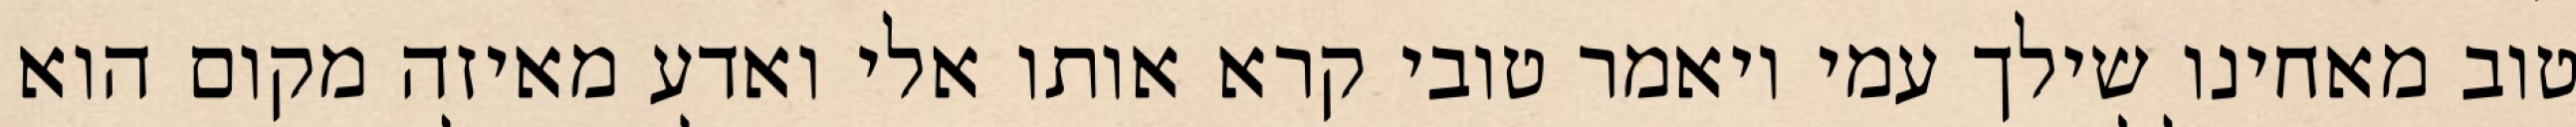
טוב מאחינו שילך עמי ויאמר טובי קרא אותו אלי ואדע מאיזה מקום הוא